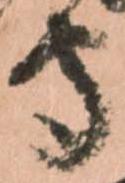
守